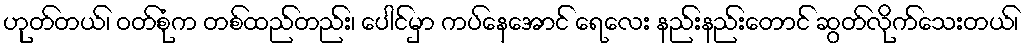
ဟုတ်တယ်၊ ဝတ်စုံက တစ်ထည်တည်း၊ ပေါင်မှာ ကပ်နေအောင် ရေလေး နည်းနည်းတောင် ဆွတ်လိုက်သေးတယ်၊